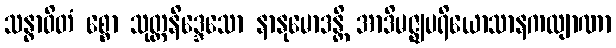
သန္ဓာဝိတံ စ္စော သုတ္တနိဒ္ဒေသော နာနုမောဒန္တိ အာဒိမဇ္ဈပရိယောသာနကလျာဏာ